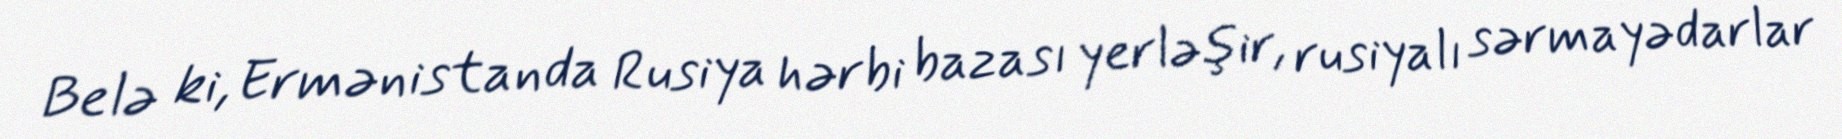
Belə ki, Ermənistanda Rusiya hərbi bazası yerləşir, rusiyalı sərmayədarlar